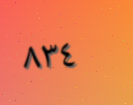
٨٣٤